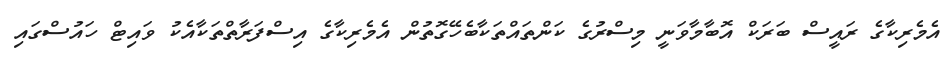
އެމެރިކާގެ ރައީސް ބަރަކް އޮބާމާވަނީ މިސްރުގެ ކަންތައްތަކާބެހޭގޮތުން އެމެރިކާގެ އިސްފަރާތްތަކާއެކު ވައިޓް ހައުސްގައި